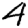
Digit: 4